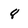
Character: 8